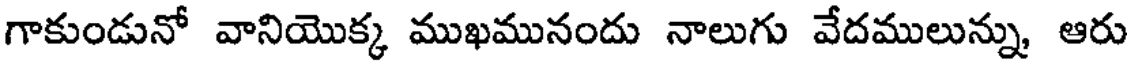
గాకుండునో వానియొక్క ముఖమునందు నాలుగు వేదములున్ను, ఆరు